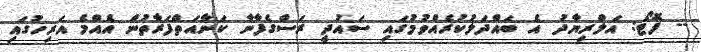
-- ފޮޓޯ: އަލްރިޔާދު އެ ބައްދަލުކުރެއްވުމުގައި ސައުދީ ރަސްގެފާނާ ކަނާއަތްފަރާތުން އެއްމެ އަރިހުގައި